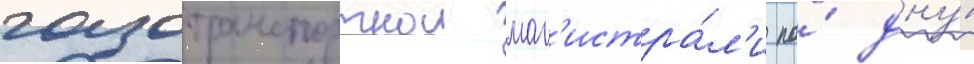
газотранспортнои маг'истра́л'и по́ дну́